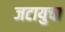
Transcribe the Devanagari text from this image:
जटायुचा